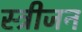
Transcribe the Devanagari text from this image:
स्त्रीजन